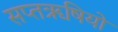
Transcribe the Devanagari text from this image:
सप्तॠषियों